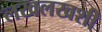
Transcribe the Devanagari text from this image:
लखलखशी